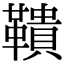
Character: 鞼